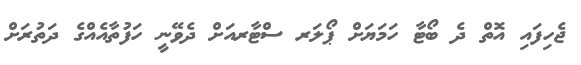
ޖެހިފައި އޮތް ދެ ބޯޓާ ހަމަޔަށް ޕޯލަރ ސްޓާރއަށް ދެވޭނީ ހަފުތާއެއްގެ ދަތުރަށް